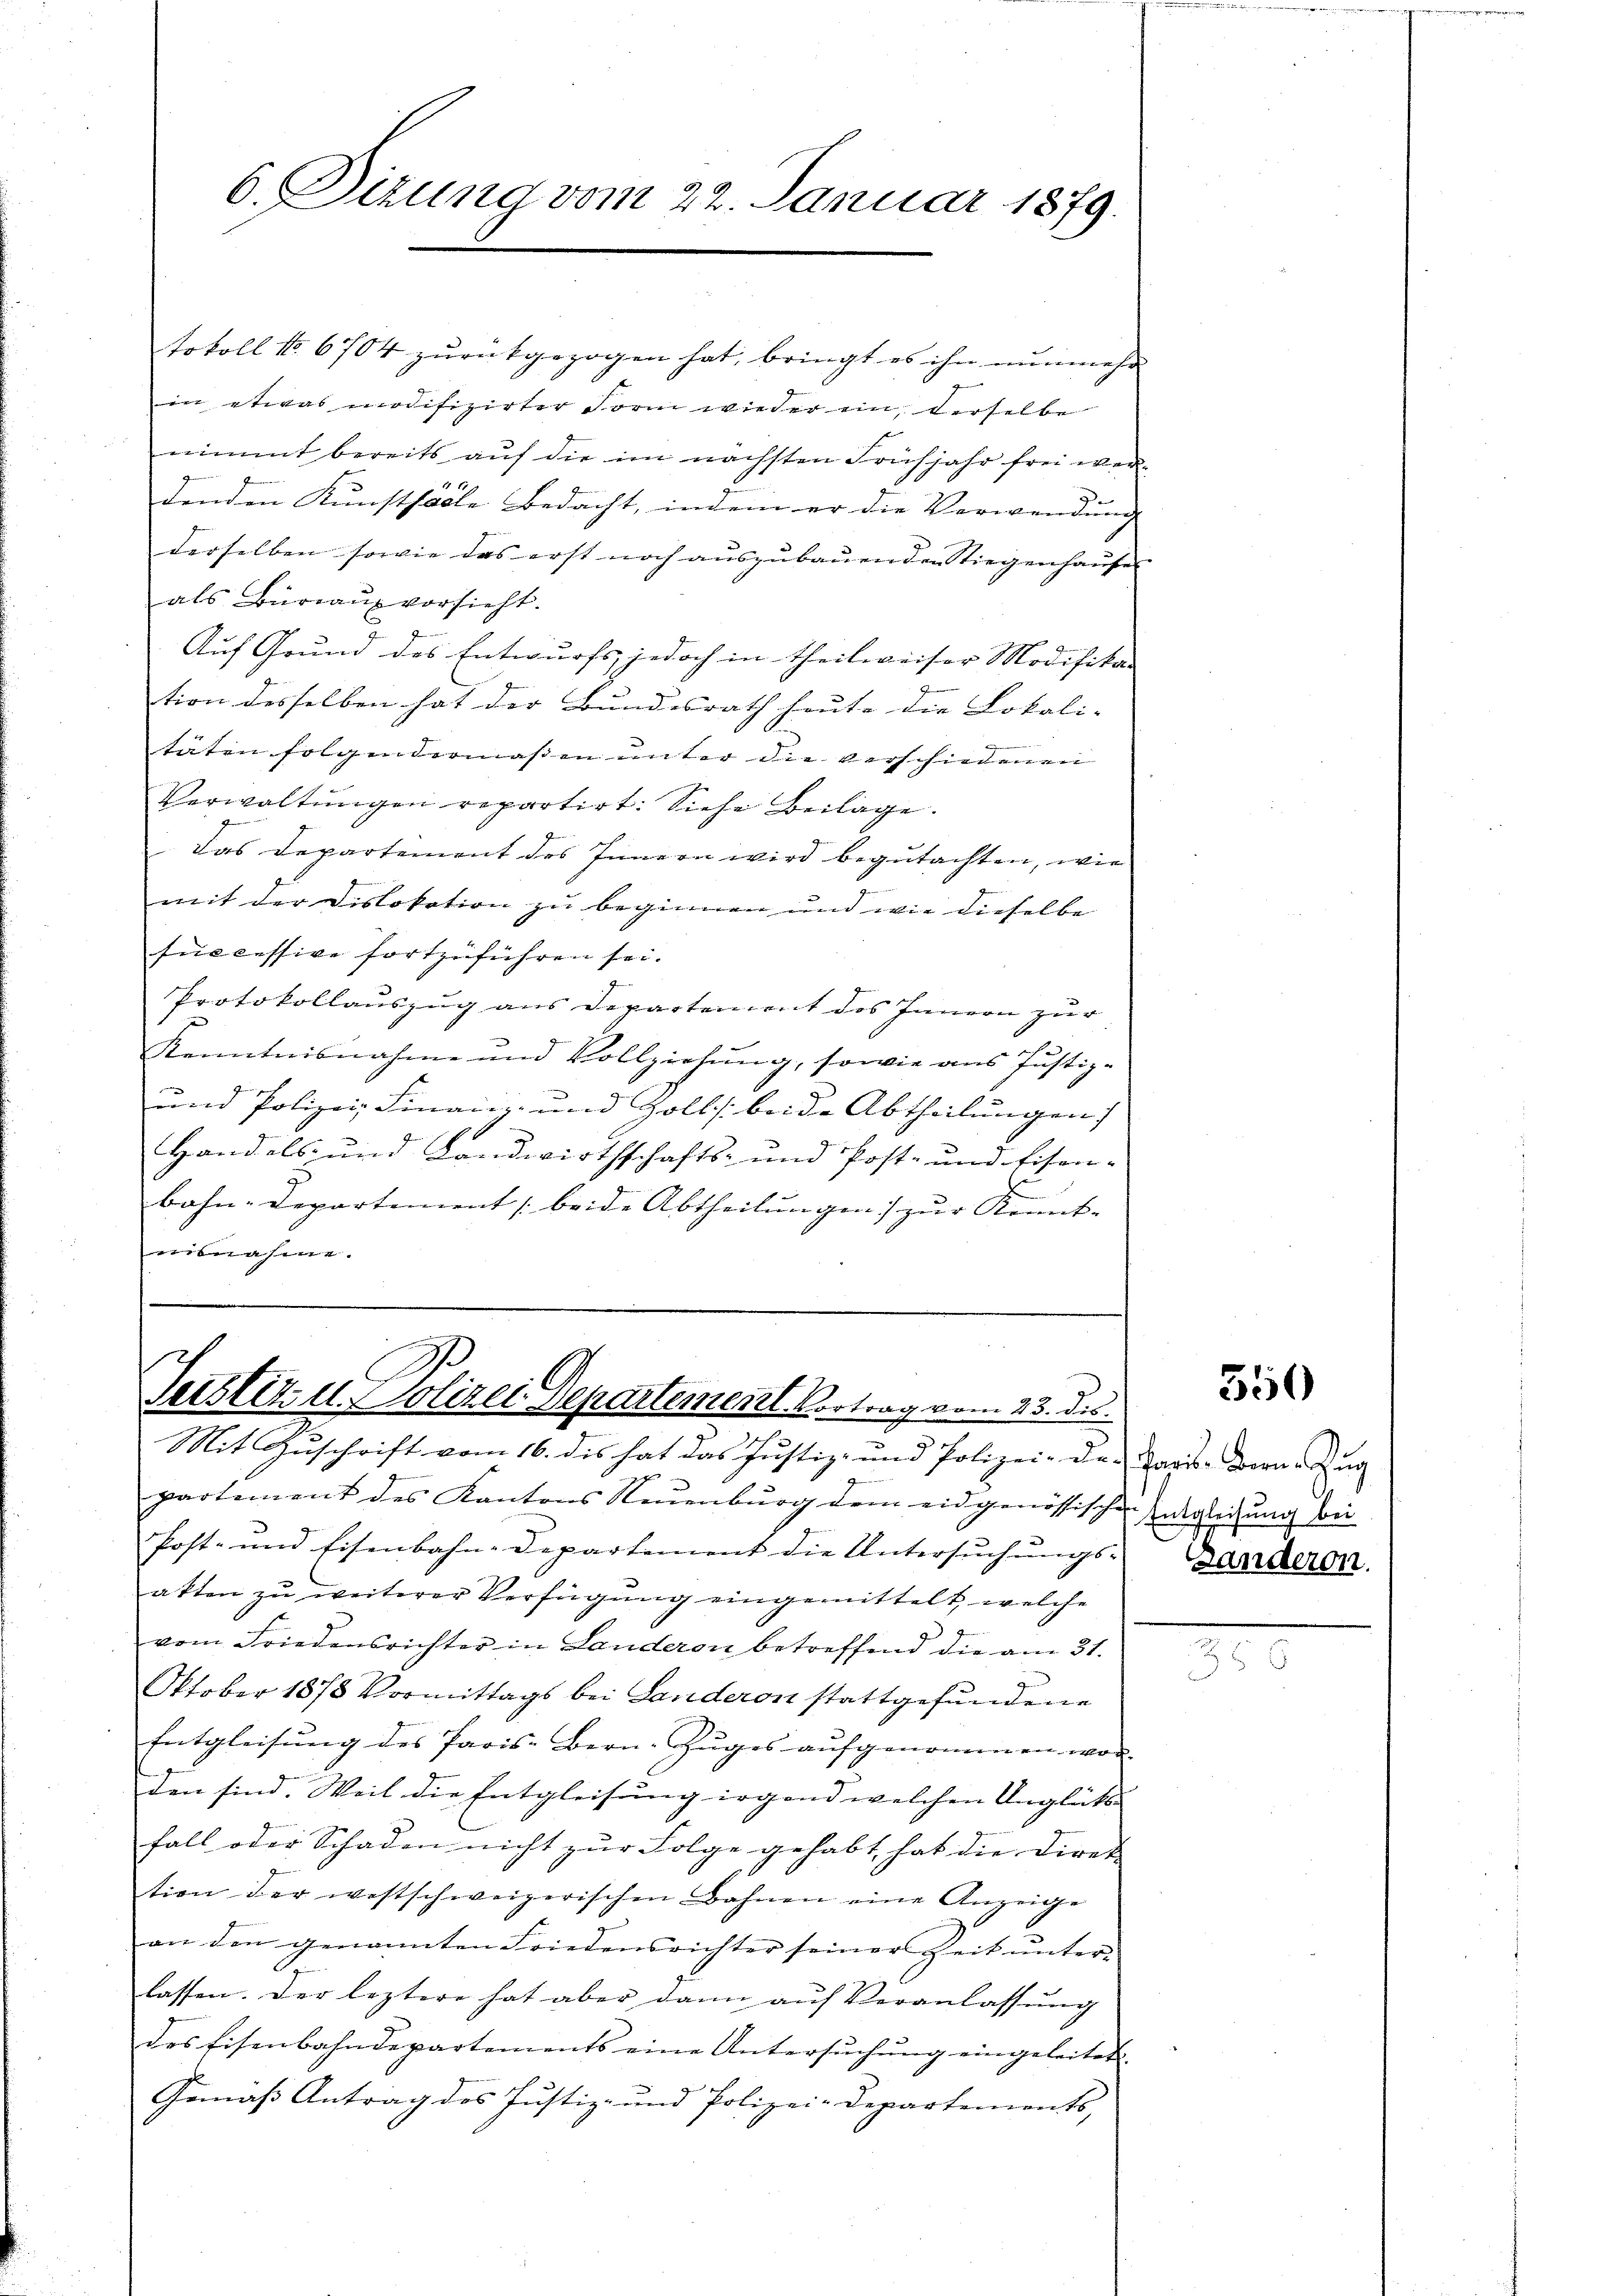
6. Sizung vom 22. Januar 1879.

tokoll No 6704 zurückgezogen hat, bringt es ihn nunmehr
in etwas modifizirter Form wieder ein, derselbe
nimmt bereits auf die im nächsten Frühjahr frei werdenden Kunstfälle Bedacht, indem er die Verwendung
derselben sowie das erst noch auszubauenden Stiegenhauses
als Büreaŭs vorsieht.
Auf Grund des Entwurfs, jedoch in theilweiser Modifika-
tion desselben hat der Bundesrath heute die Lokali- |
täten folgendermaßen unter die verschiedenen
Verwaltŭngen repartirt. Siehe Beilage.
Das Departement des Innern wird begutachten, wie
mit der Dislokation zu beginnen und wie dieselbe
successive fortzuführen sei.
Protokollauszug aus Departement des Innern zur
Kenntnisnahme und Vollziehung, sowie aus Justiz-
und Polizei, Finanz- und Zolls beide Abtheilungen
Handels- und Landwirthschafts- und Post- und Eisen-
u
bahn-Departement beide Abtheilŭngen) zŭr Kennt-
mitnahme.

Teistiz u. Polizei Departementl. Vortrag vom 23. ds.

Mit Zuschrift vom 16. dis hat das Justiz- und Polizei- Der Tages-Born Zug
partement des Kantons Neuenburg dem eidgenössischen Entgleichung bei
Post- und Eisenbahn-Departement die Untersuchungsakten zu weiterer Verfügung eingemittelt, welche
vom Friedensrichter in Landeron betreffend die am 31.
Oktober 1873 Vormittags bei Landeren stattgefundene
Entgleisung des Paris Bern. Zuges aufgenommen wor
den sind. Weil die Entgleisung irgend welchen Unglüks
fall oder Schaden nicht zur Folge gehabt hat die Direk
tion der westschweizerischen Bahnen eine Anzeige
an den genannten Friedensrichter seiner Zeit ŭnter-
lassen. Der leztere hat aber dann auf Veranlassung
des Eisenbahndepartements eine Untersuchung eingeleitet.
Gemäß Antrag des Justiz- und Polizei-Departements,

Ganderon.

350